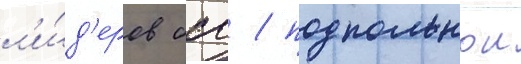
л'и́д'еров бсв / подпольнои